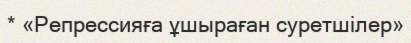
* «Репрессияға ұшыраған суретшілер»